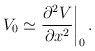
\begin{align*} V_0 \simeq {\partial^2 V\over \partial x^2}\bigg|_0\,.\end{align*}